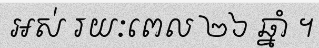
អស់ រយៈពេល ២៦ ឆ្នាំ ។